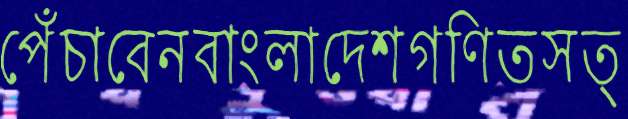
পেঁচাবেনবাংলাদেশগণিতসত্